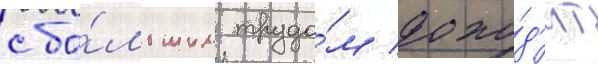
с бо́льшим трудо́м дохо́д'ит